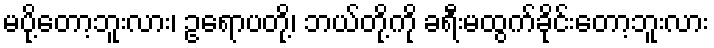
မပို့တော့ဘူးလား၊ ဥရောပတို့၊ ဘယ်တို့ကို ခရီးမထွက်ခိုင်းတော့ဘူးလား